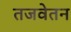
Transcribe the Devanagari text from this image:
तजवेतन